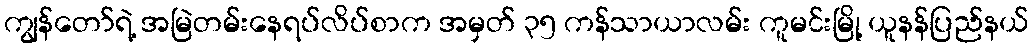
ကျွန်တော်ရဲ့ အမြဲတမ်းနေရပ်လိပ်စာက အမှတ် ၃၅ ကန်သာယာလမ်း ကူမင်းမြို့ ယူနန်ပြည်နယ်